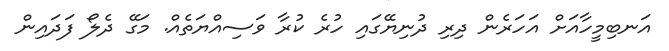
އަނބިމީހާއަށް އަހަރެން ދިރި ދުނިޔޭގައި ހުރެ ކުރާ ވަސިއްޔަތެއް. މަގޭ ދެލޯ ފަދައިން